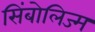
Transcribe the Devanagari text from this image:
सिंबोलिज्म